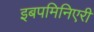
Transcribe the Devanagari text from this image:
इबपमिनिएरी